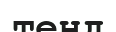
теңд